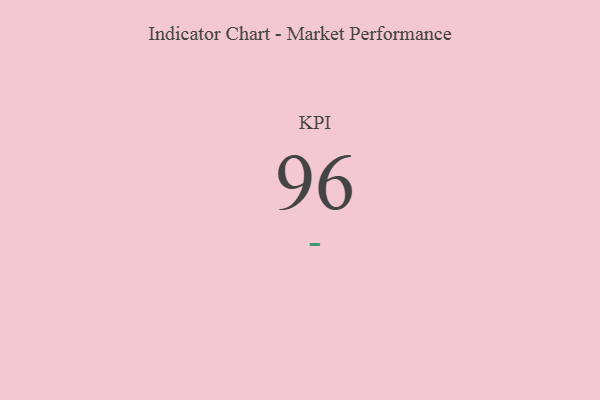
{"axis": {"x": "KPI", "y": "Value"}, "legend": [""], "data": [{"x": "KPI", "y": 96, "type": ""}]}